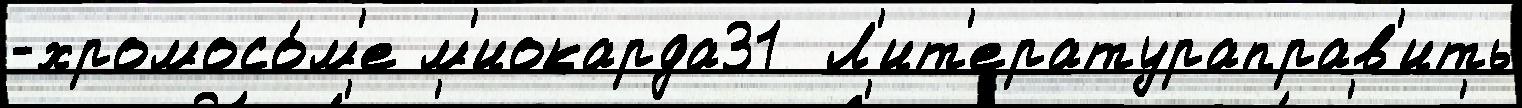
-хромосо́м'е м'иокарда31  Л'ит'ератураправ'ить